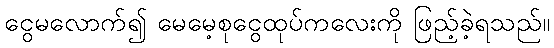
ငွေမလောက်၍ မေမေ့စုငွေထုပ်ကလေးကို ဖြည့်ခဲ့ရသည်။